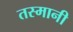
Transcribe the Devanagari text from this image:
तस्मानी